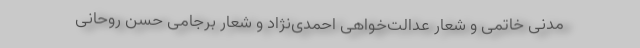
مدنی خاتمی و شعار عدالت‌خواهی احمدی‌نژاد و شعار برجامی حسن روحانی